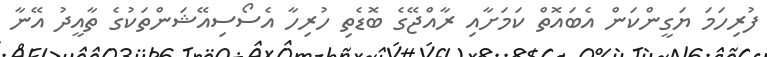
ފުރިހަމަ ޔަގީންކަން އެބައޮތް ކަމަށާއި ރާއްޖޭގެ ބޮޑެތި ހުރިހާ އެސޯސިއޭޝަންތަކުގެ ތާއީދު އޭނާ